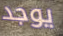
يوجد